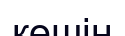
көшін